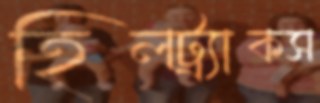
হিলট্র্যাকস